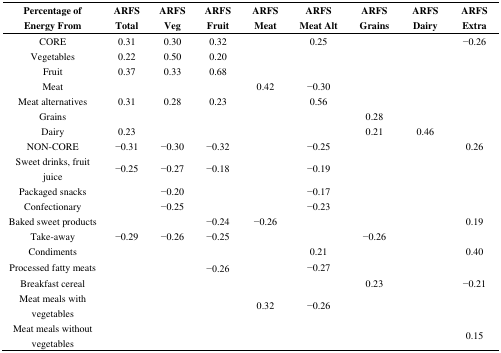
<table><thead><tr><td><b>Percentage of Energy From</b></td><td><b>ARFS Total</b></td><td><b>ARFS Veg</b></td><td><b>ARFS Fruit</b></td><td><b>ARFS Meat</b></td><td><b>ARFS Meat Alt</b></td><td><b>ARFS Grains</b></td><td><b>ARFS Dairy</b></td><td><b>ARFS Extra</b></td></tr></thead><tbody><tr><td>CORE</td><td>0.31</td><td>0.30</td><td>0.32</td><td></td><td>0.25</td><td></td><td></td><td>−0.26</td></tr><tr><td>Vegetables</td><td>0.22</td><td>0.50</td><td>0.20</td><td></td><td></td><td></td><td></td><td></td></tr><tr><td>Fruit</td><td>0.37</td><td>0.33</td><td>0.68</td><td></td><td></td><td></td><td></td><td></td></tr><tr><td>Meat</td><td></td><td></td><td></td><td>0.42</td><td>−0.30</td><td></td><td></td><td></td></tr><tr><td>Meat alternatives</td><td>0.31</td><td>0.28</td><td>0.23</td><td></td><td>0.56</td><td></td><td></td><td></td></tr><tr><td>Grains</td><td></td><td></td><td></td><td></td><td></td><td>0.28</td><td></td><td></td></tr><tr><td>Dairy</td><td>0.23</td><td></td><td></td><td></td><td></td><td>0.21</td><td>0.46</td><td></td></tr><tr><td>NON-CORE</td><td>−0.31</td><td>−0.30</td><td>−0.32</td><td></td><td>−0.25</td><td></td><td></td><td>0.26</td></tr><tr><td>Sweet drinks, fruit juice</td><td>−0.25</td><td>−0.27</td><td>−0.18</td><td></td><td>−0.19</td><td></td><td></td><td></td></tr><tr><td>Packaged snacks</td><td></td><td>−0.20</td><td></td><td></td><td>−0.17</td><td></td><td></td><td></td></tr><tr><td>Confectionary</td><td></td><td>−0.25</td><td></td><td></td><td>−0.23</td><td></td><td></td><td></td></tr><tr><td>Baked sweet products</td><td></td><td></td><td>−0.24</td><td>−0.26</td><td></td><td></td><td></td><td>0.19</td></tr><tr><td>Take-away</td><td>−0.29</td><td>−0.26</td><td>−0.25</td><td></td><td></td><td>−0.26</td><td></td><td></td></tr><tr><td>Condiments</td><td></td><td></td><td></td><td></td><td>0.21</td><td></td><td></td><td>0.40</td></tr><tr><td>Processed fatty meats</td><td></td><td></td><td>−0.26</td><td></td><td>−0.27</td><td></td><td></td><td></td></tr><tr><td>Breakfast cereal</td><td></td><td></td><td></td><td></td><td></td><td>0.23</td><td></td><td>−0.21</td></tr><tr><td>Meat meals with vegetables</td><td></td><td></td><td></td><td>0.32</td><td>−0.26</td><td></td><td></td><td></td></tr><tr><td>Meat meals without vegetables</td><td></td><td></td><td></td><td></td><td></td><td></td><td></td><td>0.15</td></tr></tbody></table>